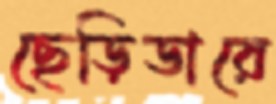
ছেড়িডারে